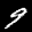
Label: 9